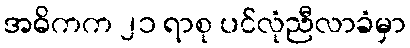
အဓိကက ၂၁ ရာစု ပင်လုံညီလာခံမှာ